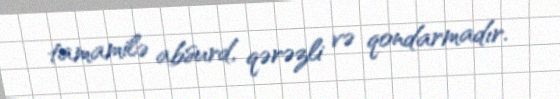
tamamilə absurd, qərəzli və qondarmadır.